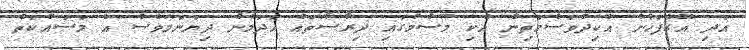
އަދި އޭގެފަހުން އެކިދުވަސްމަތިން އެކި މޫސުމުގައި ދިރާސާތައް ހަދަމުން ދިޔަނަމަވެސް އެ މަސައްކަތް